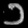
Digit: ၁